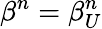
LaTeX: \beta^{n}=\beta_{U}^{n}